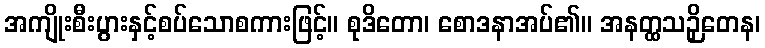
အကျိုးစီးပွားနှင့်စပ်သောစကားဖြင့်။ စုဒိတော၊ စောဒနာအပ်၏။ အနတ္ထသဉှိတေန၊